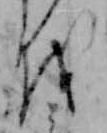
を